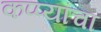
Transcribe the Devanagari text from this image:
कप्प्यांचा